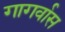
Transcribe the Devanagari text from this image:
गागर्वास